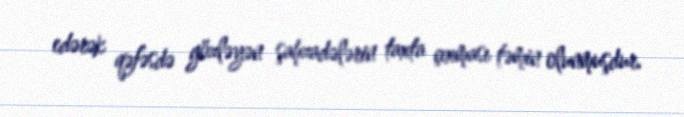
edərək qəfəsdə gözləyən şahzadələrin taxta çıxması təmin olunmuşdur.